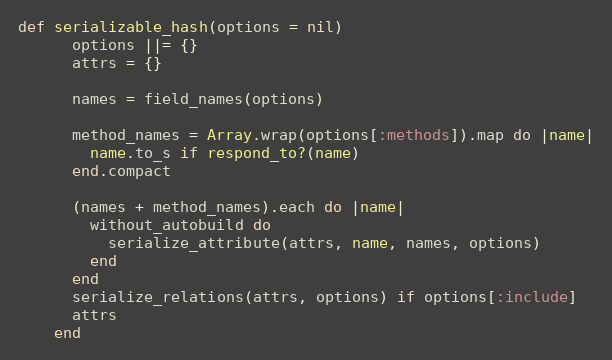
Language: Ruby
def serializable_hash(options = nil)
      options ||= {}
      attrs = {}

      names = field_names(options)

      method_names = Array.wrap(options[:methods]).map do |name|
        name.to_s if respond_to?(name)
      end.compact

      (names + method_names).each do |name|
        without_autobuild do
          serialize_attribute(attrs, name, names, options)
        end
      end
      serialize_relations(attrs, options) if options[:include]
      attrs
    end